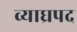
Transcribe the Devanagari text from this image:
व्याघ्रपद